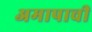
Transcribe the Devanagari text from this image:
अमापाची